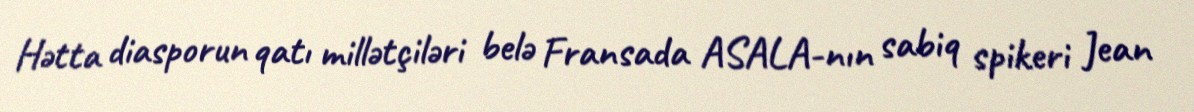
Hətta diasporun qatı millətçiləri belə Fransada ASALA-nın sabiq spikeri Jean